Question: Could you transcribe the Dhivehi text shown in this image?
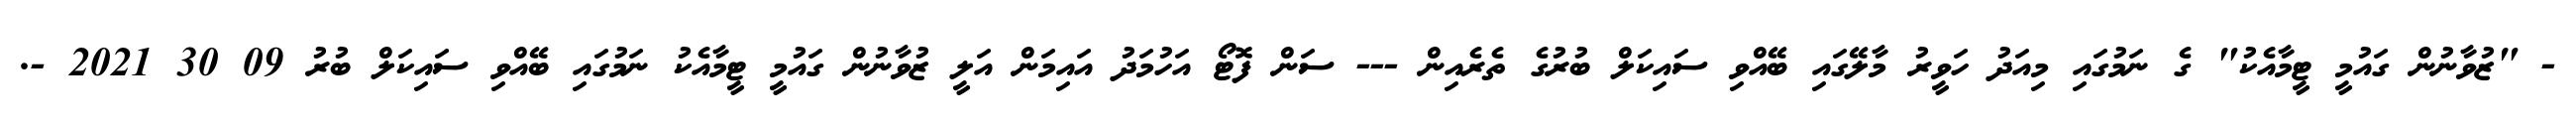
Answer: - "ޒުވާނުން ގައުމީ ޓީމާއެކު" ގެ ނަމުގައި މިއަދު ހަވީރު މާލޭގައި ބޭއްވި ސައިކަލް ބުރުގެ ތެރެއިން --- ސަން ފޮޓޯ އަހުމަދު އައިމަން އަލީ ޒުވާނުން ގައުމީ ޓީމާއެކު ނަމުގައި ބޭއްވި ސައިކަލް ބުރު 09 30 2021 -.